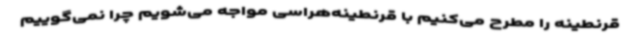
قرنطینه را مطرح می‌کنیم با قرنطینه‌هراسی مواجه می‌شویم چرا نمی‌گوییم